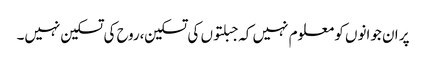
پر ان جوانوں کو معلوم نہیں کہ جبلتوں کی تسکین،روح کی تسکین نہیں۔